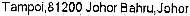
TAMPOI,81200 JOHOR BAHRU,JOHOR